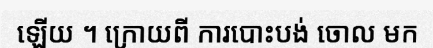
ឡើយ ។ ក្រោយពី ការបោះបង់ ចោល មក